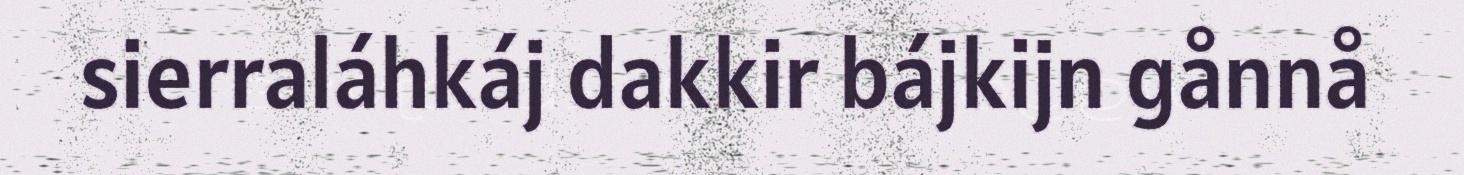
sierraláhkáj dakkir bájkijn gånnå